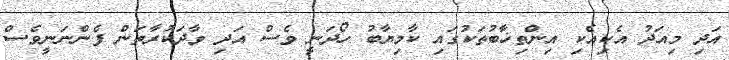
އަދި މިއަދު އެކިއެކި އިންތިޚާބުތަކުގައި ކާމިޔާބު ހޯދަނީ ވެސް އަދި ވާދަކުރާތަން ފެންނަނީވެސް